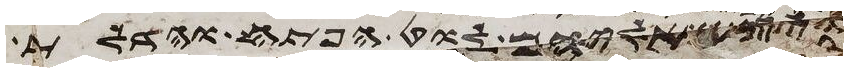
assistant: ויצא אליהם לוט הפתח והדלת